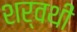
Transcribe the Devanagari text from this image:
शर्वथी